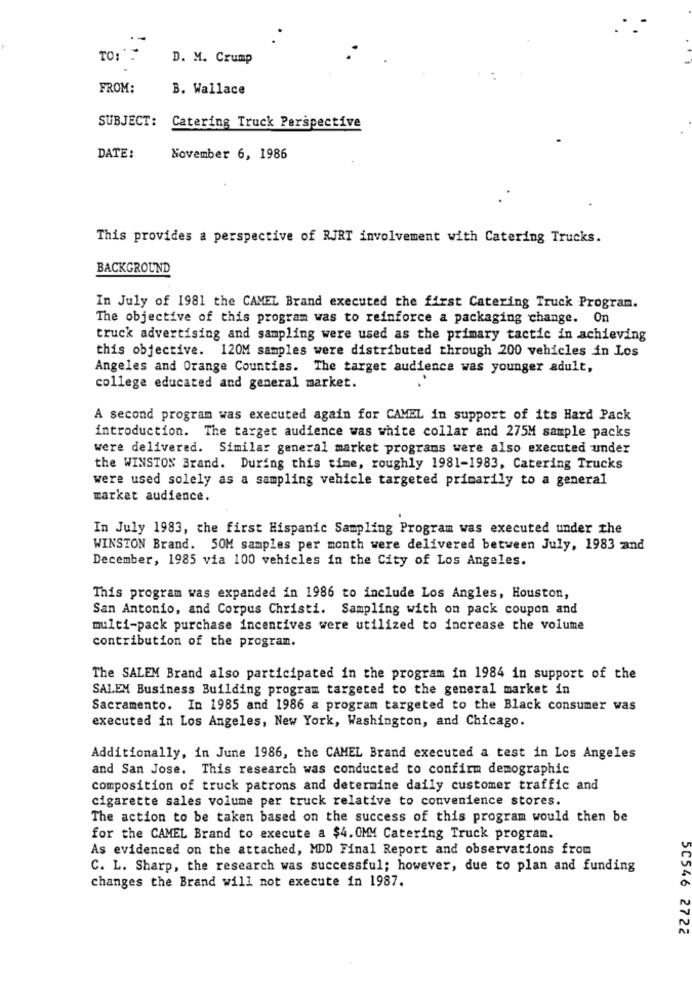
D. M. Crump
FROM:
B. Wallace
SUBJECT: Catering Truck Perspective
DATE:
November 6, 1986
This provides a perspective of RJRT involvement with Catering Trucks.
BACKGROUND
In July of 1981 the CAMEL Brand executed the first Catering Truck Program.
The objective of this program was to reinforce a packaging change. On
truck advertising and sampling were used as the primary tactic in achieving
this objective. 120M samples were distributed through 200 vehicles in Los
Angeles and Orange Counties. The target audience was younger adult,
college educated and general market.
A second program was executed again for CAMEL in support of its Hard Pack
introduction. The target audience was white collar and 275M sample packs
were delivered. Similar general market programs were also executed under
the WINSTON Brand. During this time, roughly 1981-1983, Catering Trucks
were used solely as a sampling vehicle targeted primarily to a general
market audience.
In July 1983, the first Hispanic Sampling Program was executed under the
WINSTON Brand. 50M samples per month were delivered between July, 1983 and
December, 1985 via 100 vehicles in the City of Los Angeles.
This program was expanded in 1986 to include Los Angles, Houston,
San Antonio, and Corpus Christi. Sampling with on pack coupon and
multi-pack purchase incentives were utilized to increase the volume
contribution of the program.
The SALEM Brand also participated in the program in 1984 in support of the
SALEM Business Building program targeted to the general market in
Sacramento. In 1985 and 1986 a program targeted to the Black consumer was
executed in Los Angeles, New York, Washington, and Chicago.
Additionally, in June 1986, the CAMEL Brand executed a test in Los Angeles
and San Jose. This research was conducted to confirm demographic
composition of truck patrons and determine daily customer traffic and
cigarette sales volume per truck relative to convenience stores.
The action to be taken based on the success of this program would then be
for the CAMEL Brand to execute a $4. 0MM Catering Truck program.
As evidenced on the attached, MDD Final Report and observations from
C. L. Sharp, the research was successful; however, due to plan and funding
changes the Brand will not execute in 1987.
5C546 2722